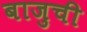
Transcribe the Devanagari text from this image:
बाजुची